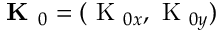
\textbf { K } _ { 0 } = ( \textrm { K } _ { 0 x } , \textrm { K } _ { 0 y } )